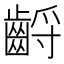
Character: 𪘤